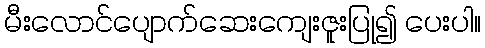
မီးလောင်ပျောက်ဆေးကျေးဇူးပြု၍ ပေးပါ။